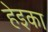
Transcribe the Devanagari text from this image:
हेइका